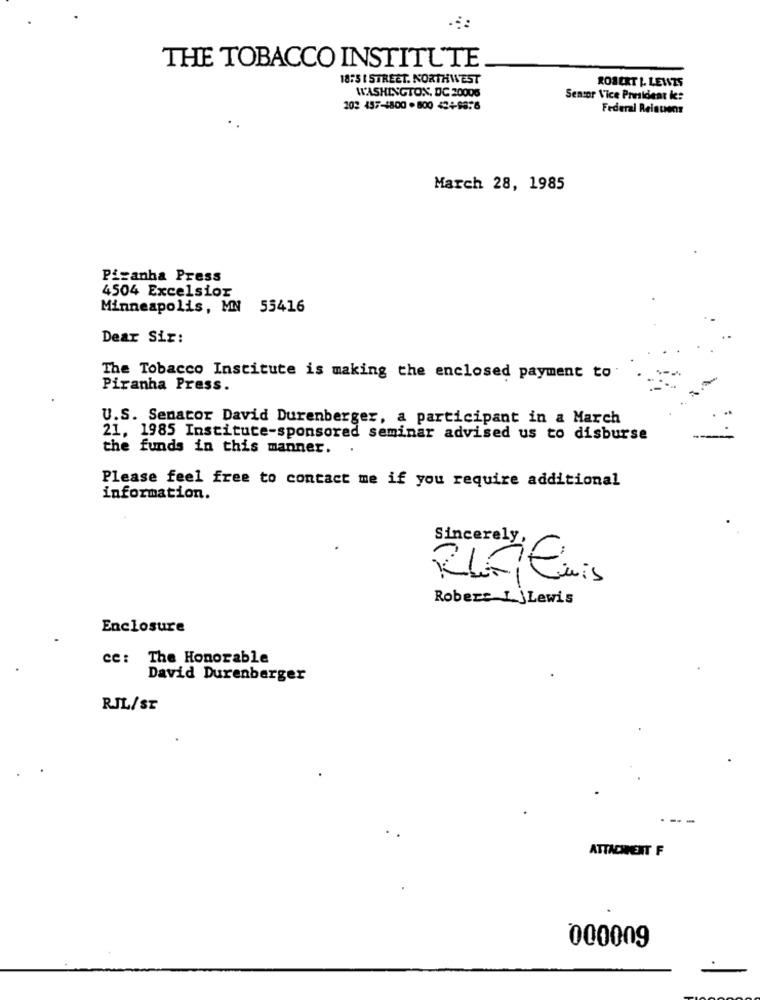
THE TOBACCO INSTITUTE
18:5 1 STREET. NORTHWEST
WASHINGTON, DC 20006
ROBERT L. LEWIS
Sensor Vice President ic:
202 457-1800 .800 424-8856
Federal Reistiens
March 28, 1985
Picanha Press
4504 Excelsior
Minneapolis, MN 55416
Dear Sir:
The Tobacco Institute is making the enclosed payment to
Piranha Press.
U.S. Senator David Durenberger, a participant in a March
21, 1985 Institute-sponsored seminar advised us to disburse
the funds in this manner.
Please feel free to contact me if you require additional
information.
Sincerely,
Ruiluis
Robers I jLewis
Enclosure
ce: The Honorable
David Durenberger
RJL/ST
ATTACHMENT F
000009